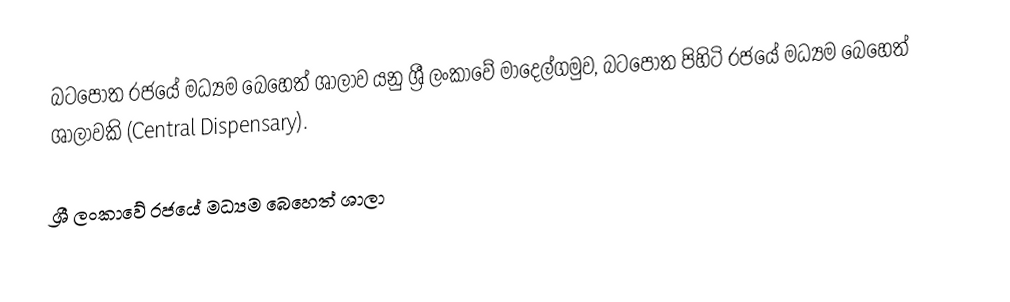
බටපොත රජයේ මධ්‍යම බෙහෙත් ශාලාව යනු ශ්‍රී ලංකාවේ මාදෙල්ගමුව, බටපොත පිහිටි රජයේ මධ්‍යම බෙහෙත් ශාලාවකි (Central Dispensary).

ශ්‍රී ලංකාවේ රජයේ මධ්‍යම බෙහෙත් ශාලා